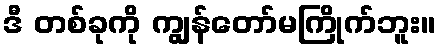
ဒီ တစ်ခုကို ကျွန်တော်မကြိုက်ဘူး။